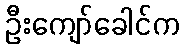
ဦးကျော်ခေါင်က